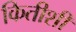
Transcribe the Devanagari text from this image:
कितीशी